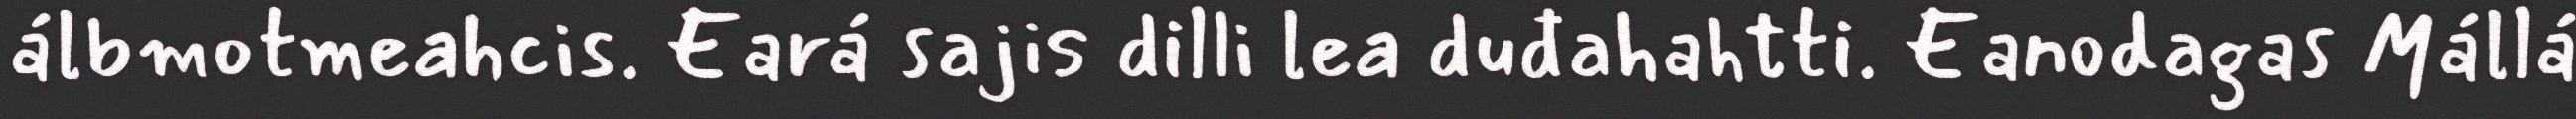
álbmotmeahcis. Eará sajis dilli lea duđahahtti. Eanodagas Mállá